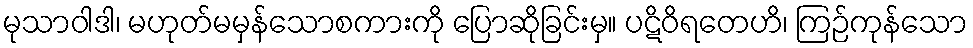
မုသာဝါဒါ၊ မဟုတ်မမှန်သောစကားကို ပြောဆိုခြင်းမှ။ ပဋိဝိရတေဟိ၊ ကြဉ်ကုန်သော